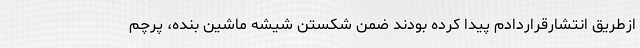
ازطریق انتشارقراردادم پیدا کرده بودند ضمن شکستن شیشه ماشین بنده، پرچم